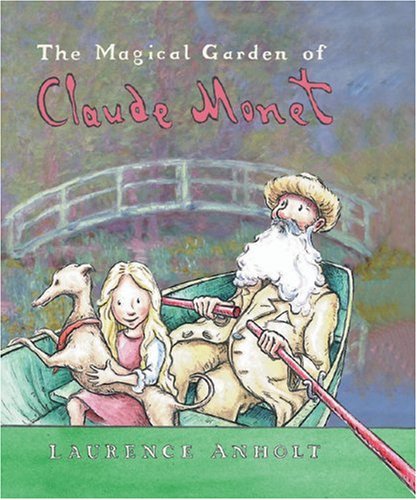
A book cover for The Magical Garden of Claude  Monet (Anholt's Artists); Laurence Anholt; Children's Books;